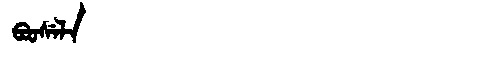
Manchu: ᠪᠣᠣᠰᡝᠯᠠ
Romanization: BOOSELA